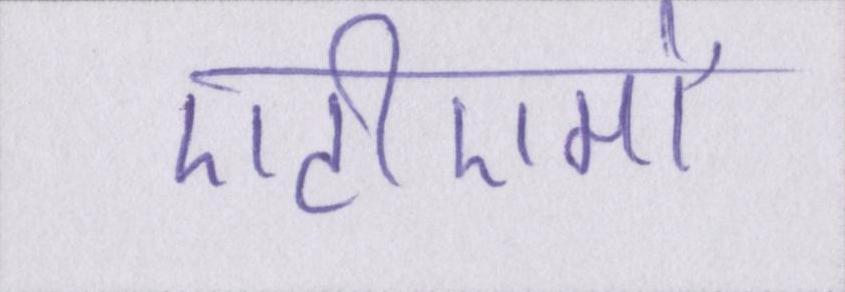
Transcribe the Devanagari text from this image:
एटीएमों